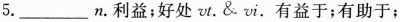
5.___n.利益；好处vt.&vt.有益于；有助于；